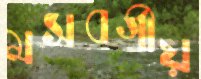
মসবর্গীয়